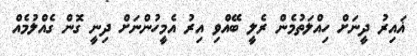
ޣައިރު ދީނަށް ހިއްލަތުމެން ރެލީ ބޭއްވި އިރު އެމީހުންނަށް ދިނީ ގޮން ގެއްލުމެއް